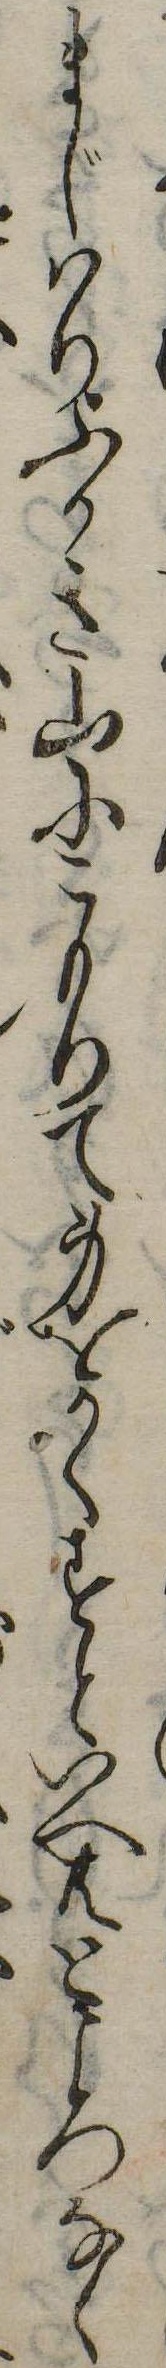
まじはりふかき山にこもりて身をかくすといへ共ところなく